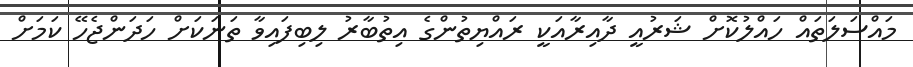
މައްސަލަތައް ހައްލުކޮށް ޝަރުއީ ދާއިރާއަކީ ރައްޔިތުންގެ އިތުބާރު ލިބިފައިވާ ތަނަކަށް ހަދަންޖެހޭ ކަމަށް